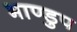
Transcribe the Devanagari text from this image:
भाण्डुप